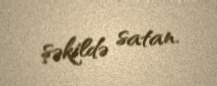
şəkildə satan.